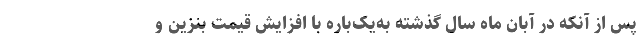
پس از آنکه در آبان ماه سال گذشته به‌یک‌باره با افزایش قیمت بنزین و